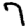
Digit: 7